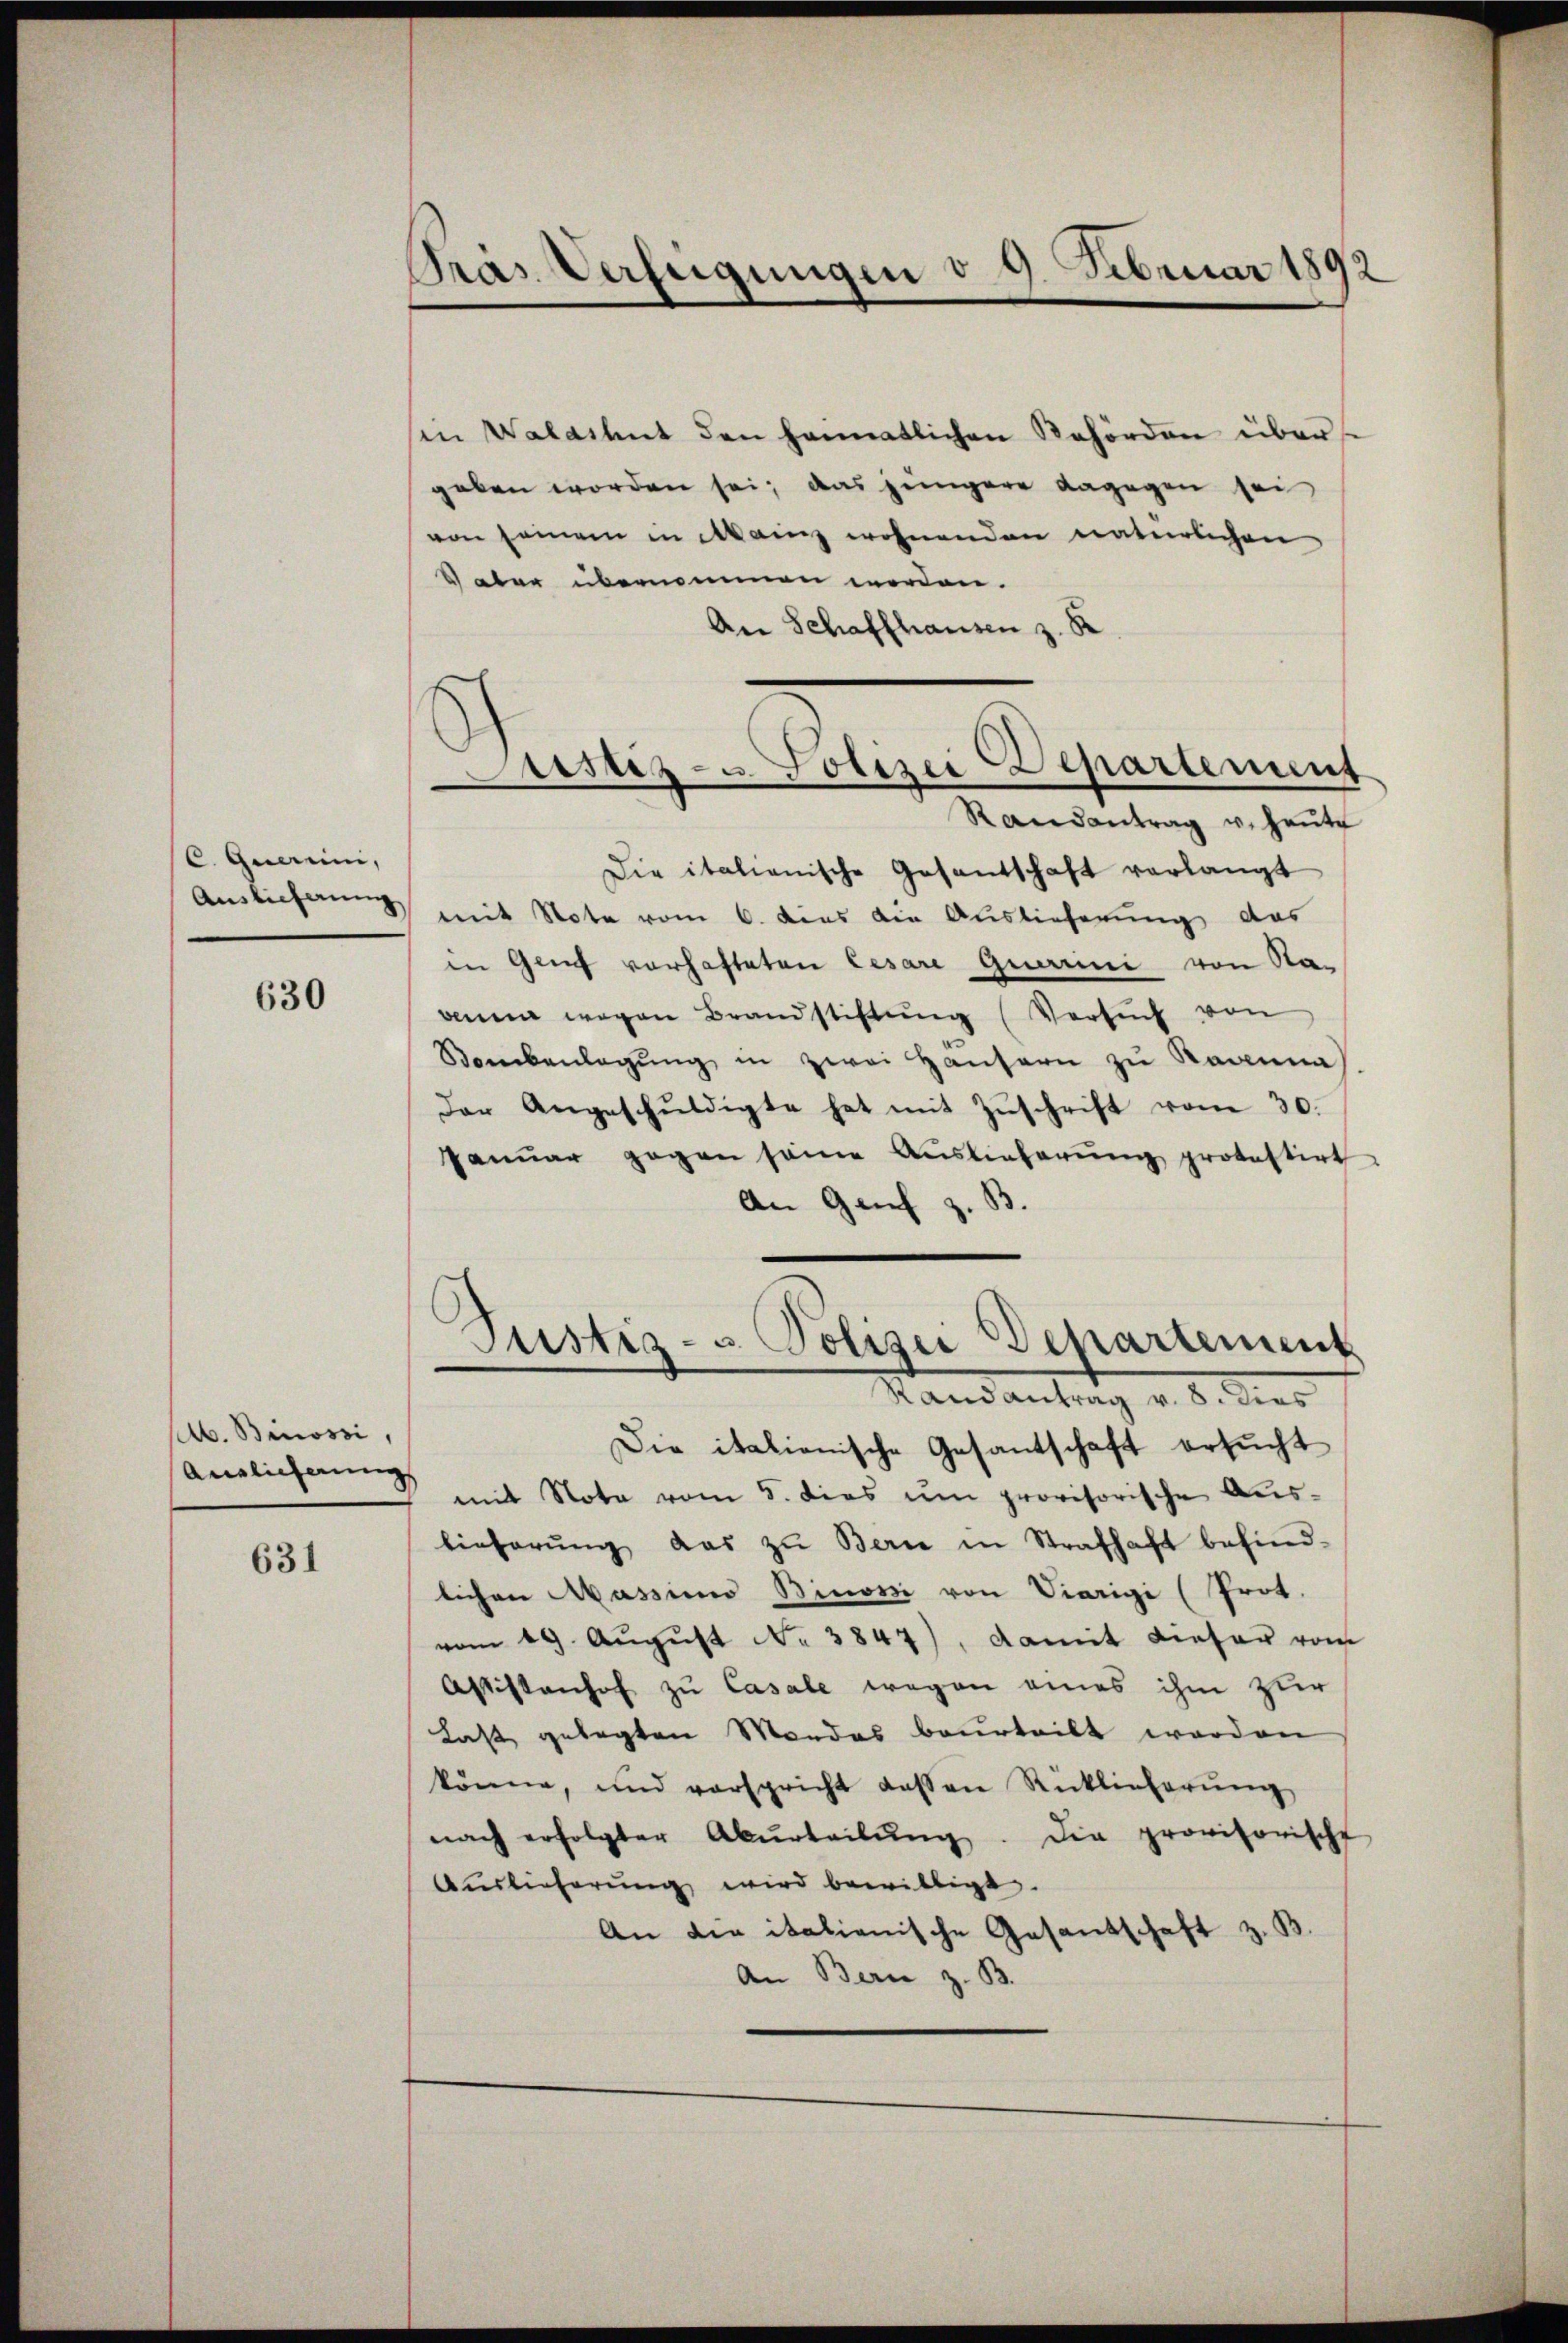
C. Querini,
Auslieferung

630

b. Binossi,
Anglicherung

631

Pras Verfügungen v. 9. Februar 1892

sen Walastent den heimatlichen Behörden über
geben worden sei; das jüngere dagegen sei,
von seinem in Mainz wohnenden natürlichen
Vater übernommen worden.
An Schaffhausen z. B
Randantrag u. Heute
Die italianische Gesantschaft verlangt
mit Note vom 6. dies die Auslieferung das
in Genf vorhafteten Cesare Guerrini von Na-
anna wegen Brandstiftŭng (Versŭch von
Sambanlegŭng in zwei Hausern zu Ragina
Der Angeschŭldigte hat mit Zŭschrift vom 30.
Janŭar gegen seine Auslieferŭng protestirt
An Genf z. B.
Justiz- & Polizei Departement
Mandantrag v. 8. dies
Die italienische Gesantschaft ersucht
mit Nota vom 5. dies um provisorische Aus-
lieferŭng das zu Berne in Strafhaft befind-
lichen Massin Binori von Viarigi (Prot.
vom 29. Aŭgŭst No. 3847), damit dieser vom
Astistenhof zu Casale wegen eines ihm zur
Last gelegten Mordes beurteilt worden
könne, und vorspricht dessen Rücklieferŭng
nach erfolgter Abŭrteilŭng. Die provisorische
Auslieferŭng wird bewilligt.
An die italienische Gesantschaft z. B.
An Bern z. B.

Justiz- u. Polizei Departement